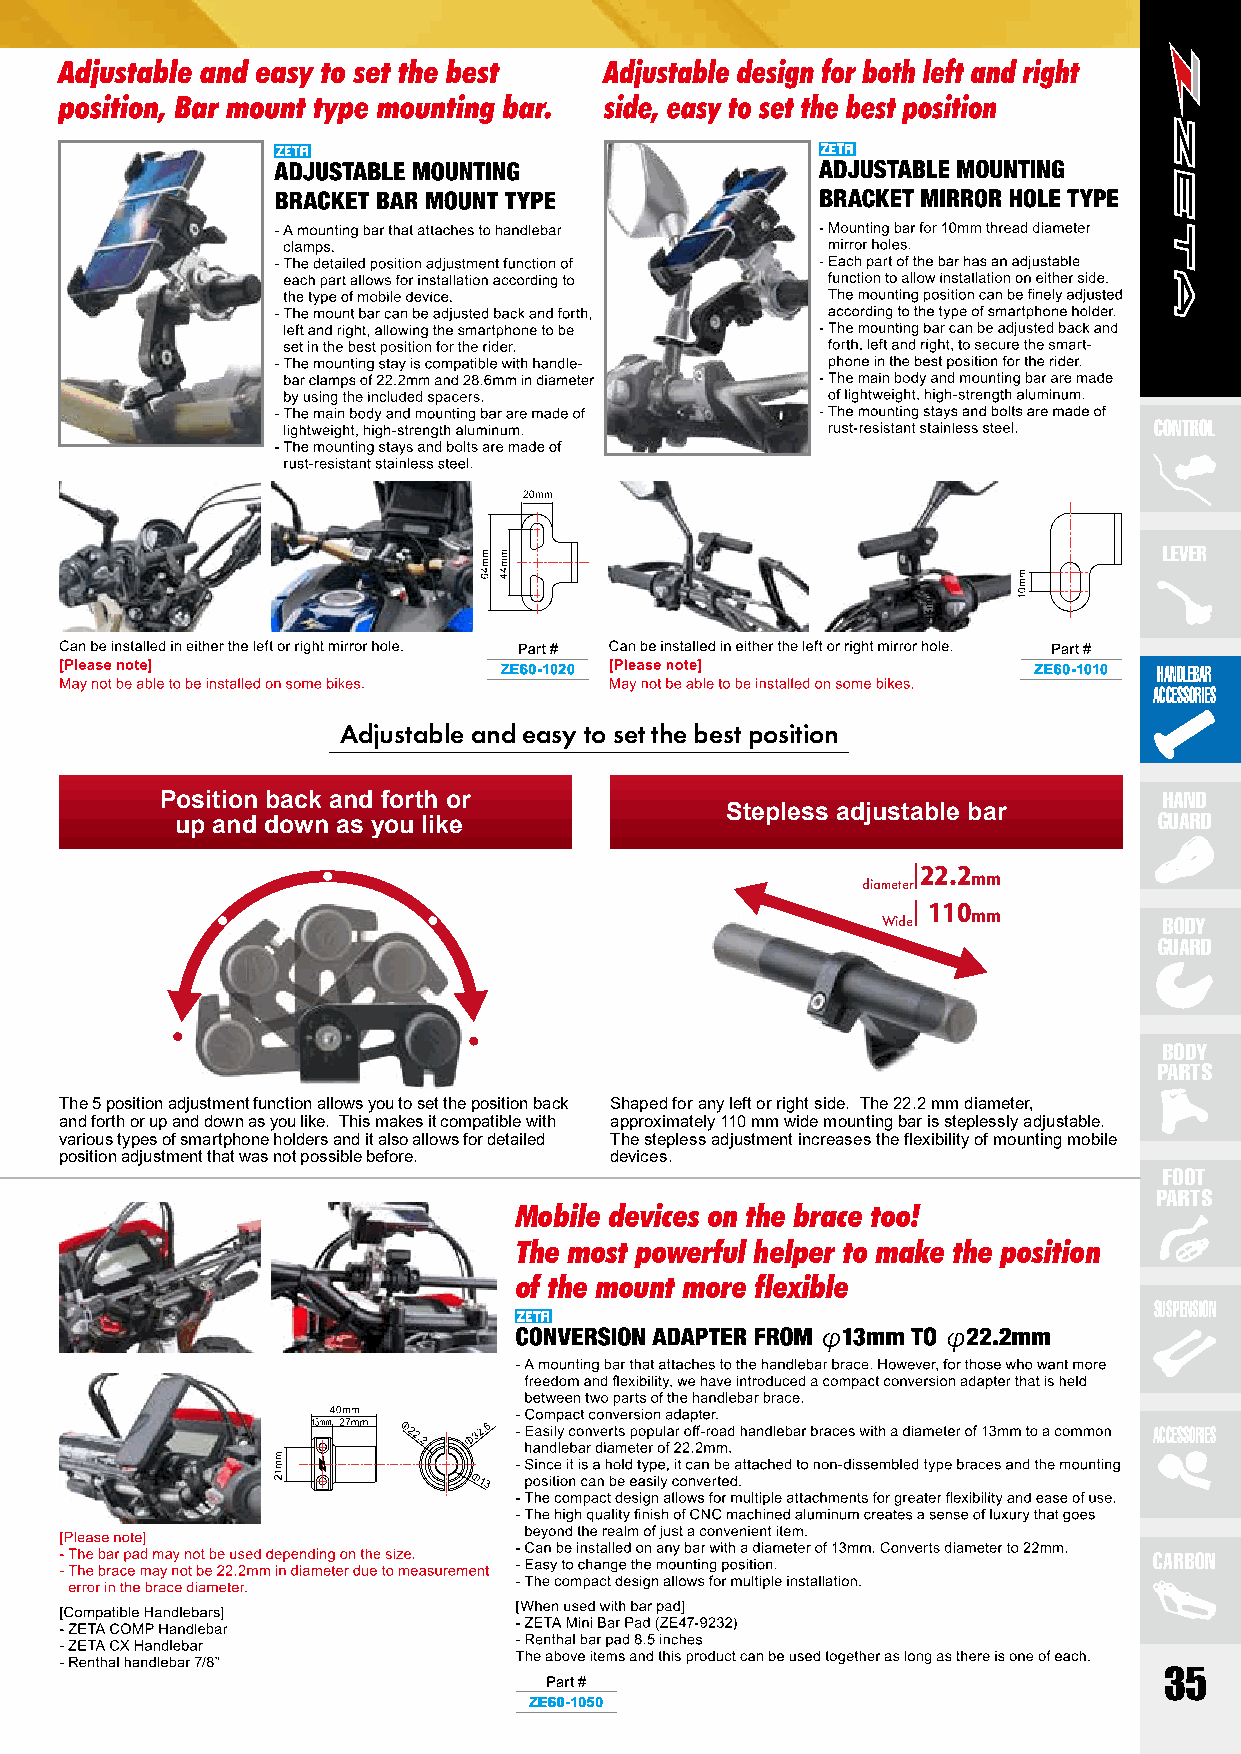
CONTROL
 LEVER
 Part #                              Part #
 ZE60-1020                          ZE60-1010 HANDLEBAR
 ACCESSORIES
 Adjustable and easy to set the best position
 Position back and forth or                                        HAND
 Stepless adjustable bar
 up and down as you like                                          GUARD
 diameter
 22.2mm
 Wide
 110mm
 BODY
 GUARD
 BODY
 PARTS
 The 5 position adjustment function allows you to set the position back Shaped for any left or right side. The 22.2 mm diameter,
 and forth or up and down as you like. This makes it compatible with approximately 110 mm wide mounting bar is steplessly adjustable.
 various types of smartphone holders and it also allows for detailed The stepless adjustment increases the flexibility of mounting mobile
 position adjustment that was not possible before. devices.
 FOOT
 PARTS
 Mobile devices on the brace too!
 The most powerful helper to make the position
 of the mount more flexible
 SUSPENSION
 ACCESSORIES
 CARBON
 Part #                                   35
 ZE60-1050